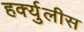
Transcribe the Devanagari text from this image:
हर्क्युलीस